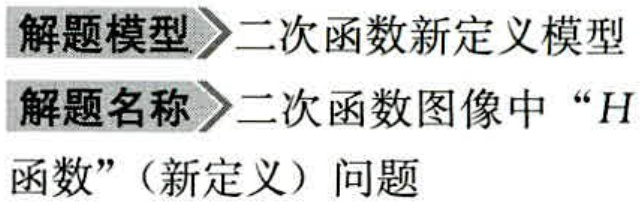
解题模型 二次函数新定义模型
解题名称 二次函数图像中 “$H$函数”（新定义）问题